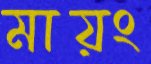
মায়ং